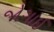
જોગાઈ